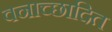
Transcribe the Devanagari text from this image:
वनाच्‍छादित